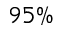
9 5 \%